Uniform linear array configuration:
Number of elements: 48
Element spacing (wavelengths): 0.75
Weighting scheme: hamming
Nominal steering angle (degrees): -60
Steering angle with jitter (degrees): -61.167
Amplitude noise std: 0.05
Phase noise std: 0.05

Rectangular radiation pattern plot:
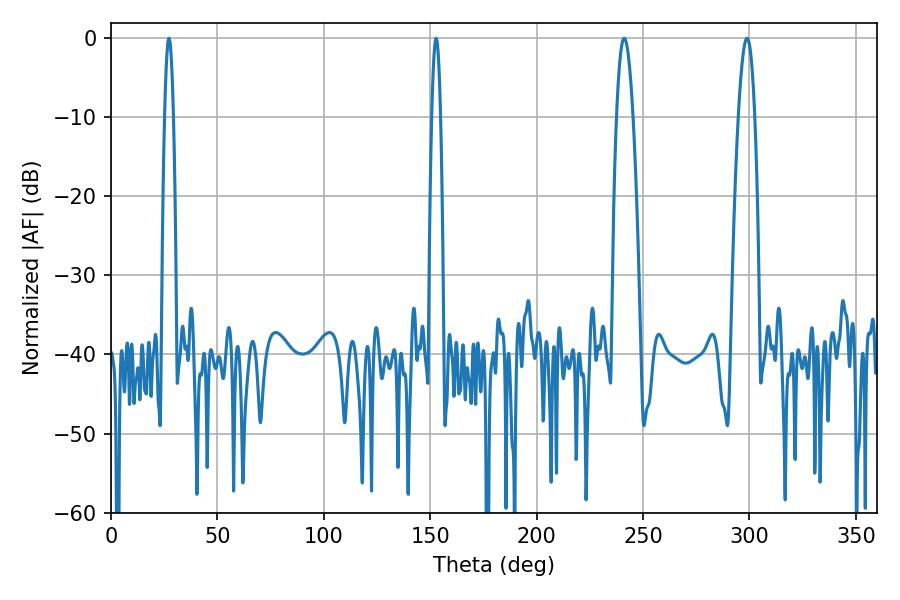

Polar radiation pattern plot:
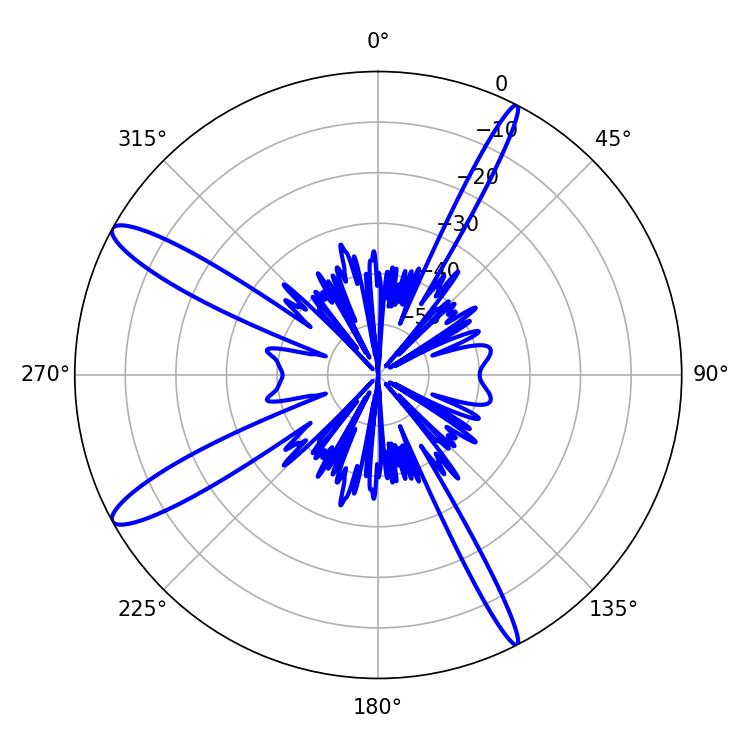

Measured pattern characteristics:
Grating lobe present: TRUE
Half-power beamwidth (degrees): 4.32
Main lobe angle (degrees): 298.8